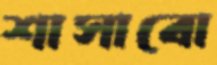
শাসাবো